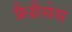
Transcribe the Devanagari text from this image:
फ्रैग्रैंसेस